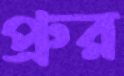
প্রুর